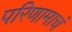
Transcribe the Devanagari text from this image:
परिणामाचं